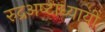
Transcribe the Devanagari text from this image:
रुद्रअष्‍टाध्‍यायी